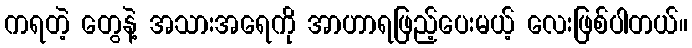
ကရတဲ့ တွေနဲ့ အသားအရေကို အာဟာရဖြည့်ပေးမယ့် လေးဖြစ်ပါတယ်။